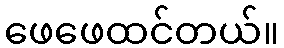
ဖေဖေထင်တယ်။